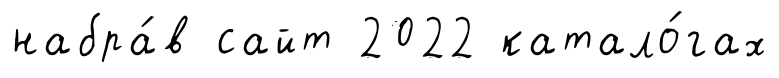
набра́в сайт 2022 катало́гах